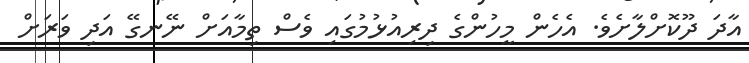
އާދަ ދޫކޮށްލާށެވެ. އެހެން މީހުންގެ ދިރިއުޅުމުގައި ވެސް ތިމާއަށް ނޭނގޭ އަދި ވަރަށް